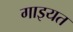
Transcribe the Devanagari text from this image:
गाइयत